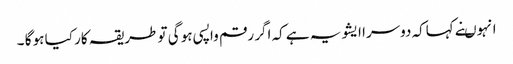
انہوںنے کہاکہ دوسرا ایشو یہ ہے کہ اگر رقم واپسی ہو گی تو طریقہ کار کیا ہو گا ۔